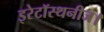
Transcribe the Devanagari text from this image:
इरेटॉस्थनीज।